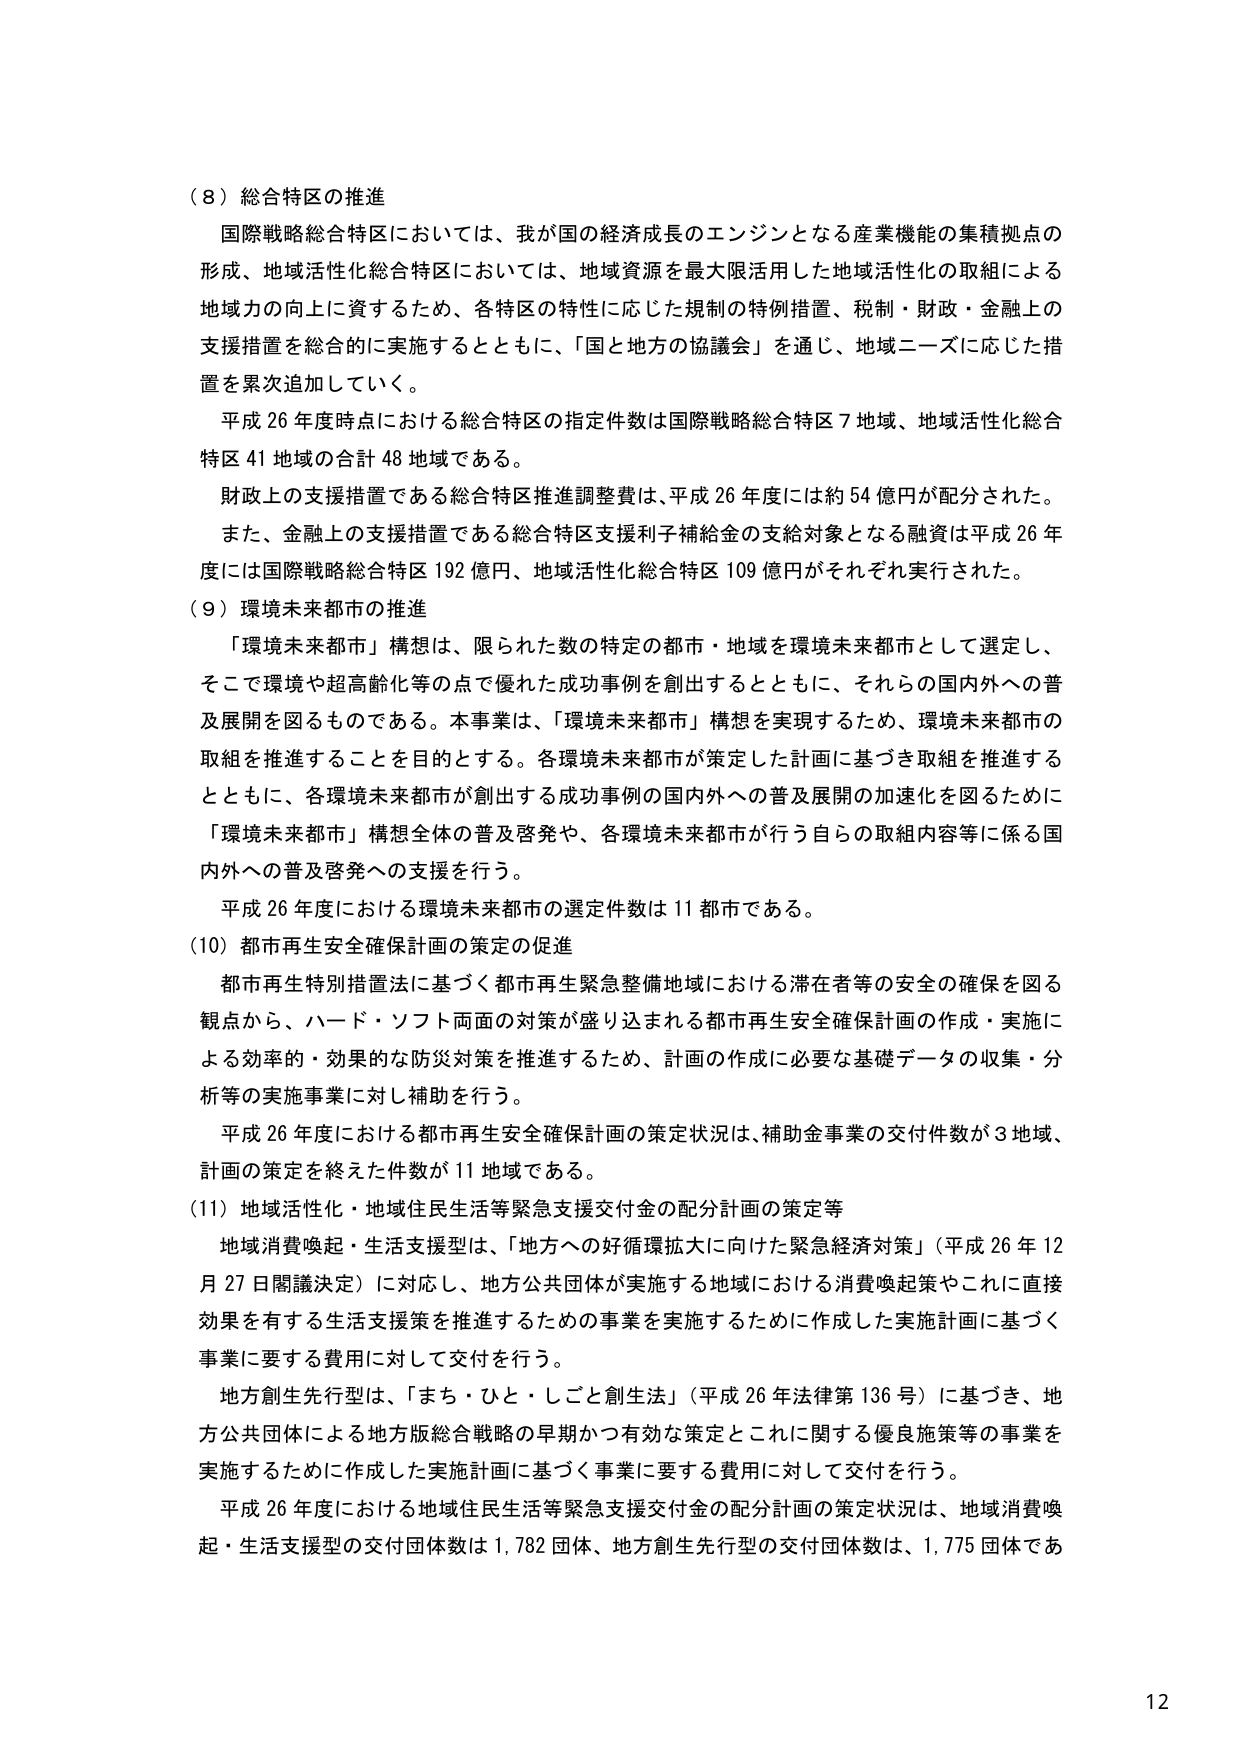
（８）総合特区の推進
国際戦略総合特区においては、我が国の経済成長のエンジンとなる産業機能の集積拠点の形成、地域活性化総合特区においては、地域資源を最大限活用した地域活性化の取組による地域力の向上に資するため、各特区の特性に応じた規制の特例措置、税制・財政・金融上の支援措置を総合的に実施するとともに、「国と地方の協議会」を通じ、地域ニーズに応じた措置を累次追加していく。
平成26年度時点における総合特区の指定件数は国際戦略総合特区7地域、地域活性化総合特区41地域の合計48地域である。
財政上の支援措置である総合特区推進調整費は、平成26年度には約54億円が配分された。
また、金融上の支援措置である総合特区支援利子補給金の支給対象となる融資は平成26年度には国際戦略総合特区192億円、地域活性化総合特区109億円がそれぞれ実行された。

（９）環境未来都市の推進
「環境未来都市」構想は、限られた数の特定の都市・地域を環境未来都市として選定し、そこで環境や超高齢化等の点で優れた成功事例を創出するとともに、それらの国内外への普及展開を図るものである。本事業は、「環境未来都市」構想を実現するため、環境未来都市の取組を推進することを目的とする。各環境未来都市が策定した計画に基づき取組を推進するとともに、各環境未来都市が創出する成功事例の国内外への普及展開の加速化を図るために「環境未来都市」構想全体の普及啓発や、各環境未来都市が行う自らの取組内容等に係る国内外への普及啓発への支援を行う。
平成26年度における環境未来都市の選定件数は11都市である。

（10）都市再生安全確保計画の策定の促進
都市再生特別措置法に基づく都市再生緊急整備地域における滞在者等の安全の確保を図る観点から、ハード・ソフト両面の対策が盛り込まれる都市再生安全確保計画の作成・実施による効率的・効果的な防災対策を推進するため、計画の作成に必要な基礎データの収集・分析等の実施事業に対し補助を行う。
平成26年度における都市再生安全確保計画の策定状況は、補助金事業の交付件数が3地域、計画の策定を終えた件数が11地域である。

（11）地域活性化・地域住民生活等緊急支援交付金の配分計画の策定等
地域消費喚起・生活支援型は、「地方への好循環拡大に向けた緊急経済対策」（平成26年12月27日閣議決定）に対応し、地方公共団体が実施する地域における消費喚起策やこれに直接効果を有する生活支援策を推進するための事業を実施するために作成した実施計画に基づく事業に要する費用に対して交付を行う。
地方創生先行型は、「まち・ひと・しごと創生法」（平成26年法律第136号）に基づき、地方公共団体による地方版総合戦略の早期かつ有効な策定とこれに関する優良施策等の事業を実施するために作成した実施計画に基づく事業に要する費用に対して交付を行う。
平成26年度における地域住民生活等緊急支援交付金の配分計画の策定状況は、地域消費喚起・生活支援型の交付団体数は1,782団体、地方創生先行型の交付団体数は、1,775団体である。

12